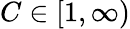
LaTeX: C\in[1,\infty)